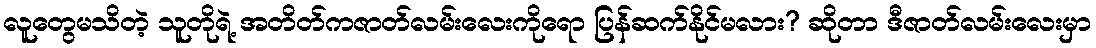
လူတွေမသိတဲ့ သူတိုရဲ့ အတိတ်ကဇာတ်လမ်းလေးကိုရော ပြန်ဆက်နိုင်မလား? ဆိုတာ ဒီဇာတ်လမ်းလေးမှာ